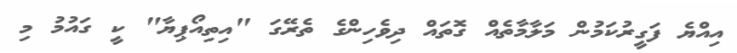
އިއްޔެ ފަގީރުކަމުން މަލާމާތެއް ގޮތައް ދިވެހިންގެ ތެރޭގަ "އިތިއޯޕިޔާ" ކީީ ގައުމު މި